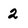
Character: 2